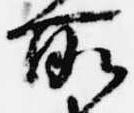
所